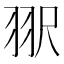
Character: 𰭠